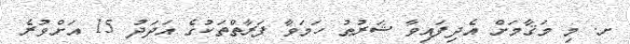
ށ. މި މަޤާމަށް އެދިފައިވާ ޝަރުޠު ހަމަވާ ފަރާތްތަކުގެ އަދަދު 15 އަށްވުރެ